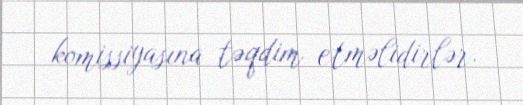
komissiyasına təqdim etməlidirlər.